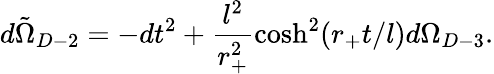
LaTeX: d\tilde{\Omega}_{D-2}=-dt^{2}+\frac{l^{2}}{r_{+}^{2}}\cosh^{2}(r_{+}t/l)d\Omega_{D-3}.